Scottish Leaving Certificate Examination, 1952
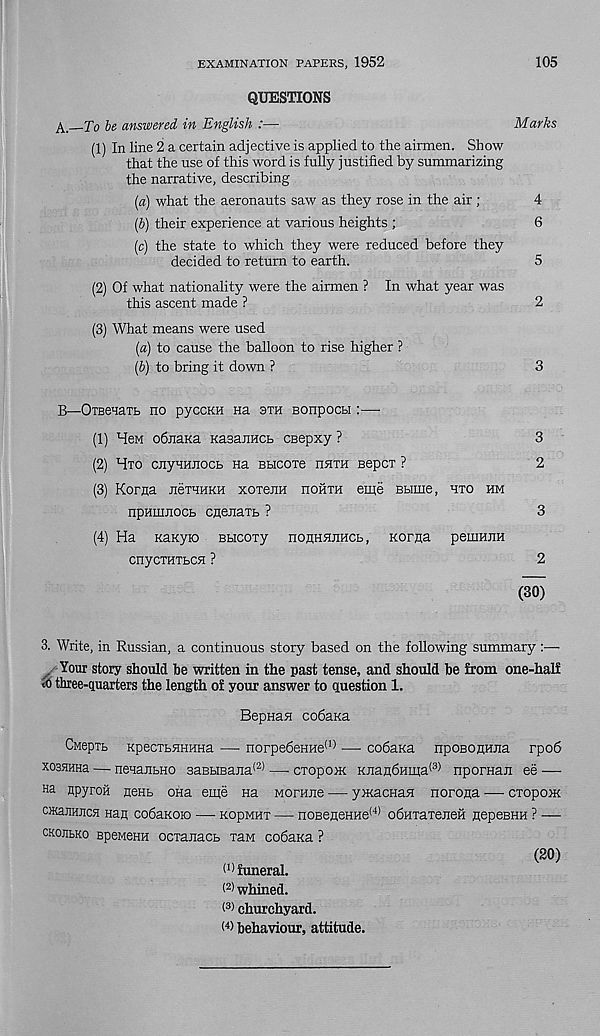
EXAMINATION PAPERS, 1952
105
QUESTIONS
To be answered in English :—
Marks
(1) In line 2 a certain adjective is applied to the airmen. Show
that the use of this word is fully justified by summarizing
the narrative, describing
[a) what the aeronauts saw as they rose in the air;
4
(5) their experience at various heights ;
6
(c) the state to which they were reduced before they
decided to return to earth.
5
(2) Of what nationality were the airmen ? In what year was
this ascent made ?
2
(3) What means were used
[a) to cause the balloon to rise higher ?
(b) to bring it down ?
3
B—OiBeHaTB no pyccKH na sth Bonpocsi:—•
(1) HeM obnaKa Kasanucb ceepxy ?
3
(2) Hto cjiynmiocb Ha Bbicoxe hhth Bepcx ?
2
(3) Korna jicthukh xoTenn nofiTH eme Bbime, hto hm
npumnocb cnenaxb ?
3
(4) Ha Kanyio Bbicoxy noflHHUHCb, norna pemHira
cnycxHTbCH ?
2
(30)
3. Write, in Russian, a continuous story based on the following summary:—
. Your story should be written in the past tense, and should be from one-half
three-quarters the length of your answer to question 1.
BepnaH cobana
CMeptb KpecxbHHHHa — norpebeHne (1) •— cobana npoBOnnua rpob
xosHHHa — nenajibHO 3aBHBana (2) — cxopoix KJianbHma (3) npornaji ee —
Ha npyroil hchb ona eme Ha Morane — ymacHaH norona — cxopoix
CMajiHECH Han cobaKoio — KopMHx — noBeneHHe (4) obHxaxeJieH nepeBHH ? —
ckojibko BpeMeHH ocxanacb xaM cobana ?
(20)
<’> funeral.
( 2) whined.
( 3) churchyard,
behaviour, attitude.